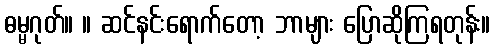
ဓမ္မဂုတ်။ ။ ဆင်နင်းရောက်တော့ ဘာများ ပြောဆိုကြရတုန်း။